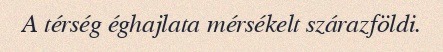
A térség éghajlata mérsékelt szárazföldi.